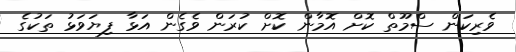
ވެރިކަން ސްމޫތް ކޮށް އޮމާން ކޮށް ކުރަން ވެގެން އަޅާ ފިޔަވަޅު ތަކުގެ